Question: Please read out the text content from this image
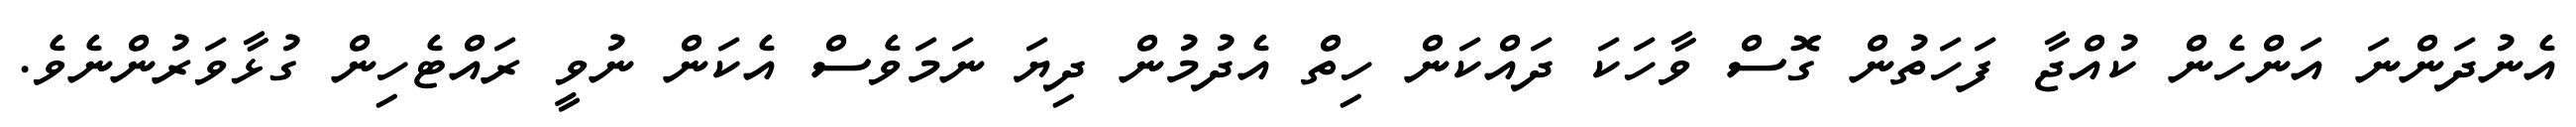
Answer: އެނުދަންނަ އަންހެން ކުއްޖާ ފަހަތުން ގޮސް ވާހަކަ ދައްކަން ހިތް އެދުމުން ދިޔަ ނަމަވެސް އެކަން ނުވީ ރައްޓެހިން ގުޅާވަރުންނެވެ.